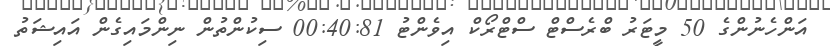
އަންހެނުންގެ 50 މީޓަރު ބްރެސްޓް ސްޓްރޯކް އިވެންޓު 00:40:81 ސިކުންތުން ނިންމައިގެން އައިޝަތު